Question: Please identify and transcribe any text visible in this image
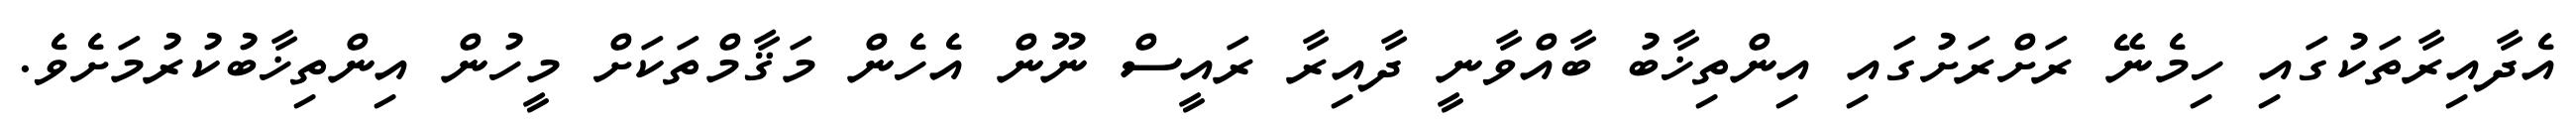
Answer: އެދާއިރާތަކުގައި ހިމެނޭ ރަށްރަށުގައި އިންތިޚާބު ބާއްވާނީ ދާއިރާ ރައީސް ނޫން އެހެން މަޤާމްތަކަށް މީހުން އިންތިޚާބުކުރުމަށެވެ.